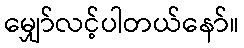
မျှော်လင့်ပါတယ်နော်။